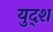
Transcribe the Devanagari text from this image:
युद्श